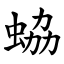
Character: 蛠